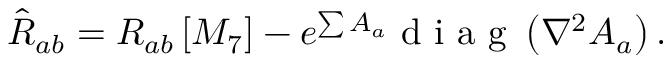
{ \hat { R } _ { a b } = R _ { a b } \left[ M _ { 7 } \right] - e ^ { \sum A _ { a } } \textrm { d i a g } \left( \nabla ^ { 2 } A _ { a } \right) . }